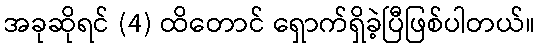
အခုဆိုရင် (4) ထိတောင် ရှောက်ရှိခဲ့ပြီဖြစ်ပါတယ်။